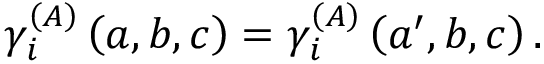
\gamma _ { i } ^ { \left( A \right) } \left( a , b , c \right) = \gamma _ { i } ^ { \left( A \right) } \left( a ^ { \prime } , b , c \right) .